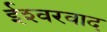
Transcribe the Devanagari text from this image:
ईश्‍वरवाद